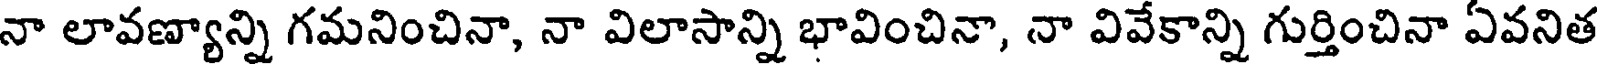
నా లావణ్యాన్ని గమనించినా, నా విలాసాన్ని భావించినా, నా వివేకాన్ని గుర్తించినా ఏవనిత